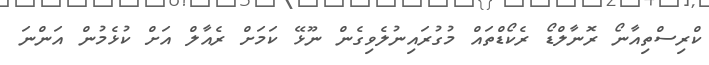
ކްރިސްތިއާނޯ ރޮނާލްޑޯ ރެކޯޑްތައް މުގުރައިނުލެވިގެން ނޫޅޭ ކަމަށް ރެއާލް އަށް ކުޅެމުން އަންނަ